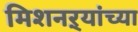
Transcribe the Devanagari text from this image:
मिशनऱ्यांच्या